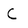
Character: C